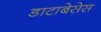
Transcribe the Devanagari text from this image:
डाटाबेसेस